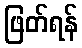
ဖြတ်ရန်